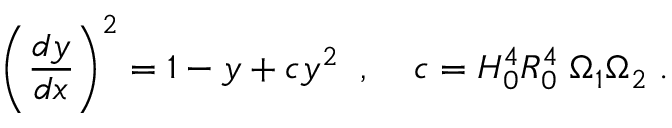
\left( \frac { d y } { d x } \right) ^ { 2 } = 1 - y + c y ^ { 2 } \; \; , \; \; \; \; c = H _ { 0 } ^ { 4 } R _ { 0 } ^ { 4 } \; \Omega _ { 1 } \Omega _ { 2 } \; .